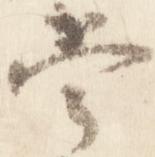
嘗